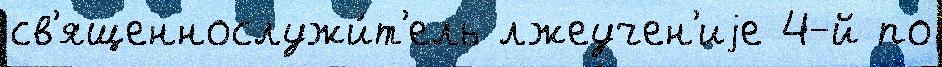
св'ященнослужи́т'ель лжеучен'иjе 4-й по